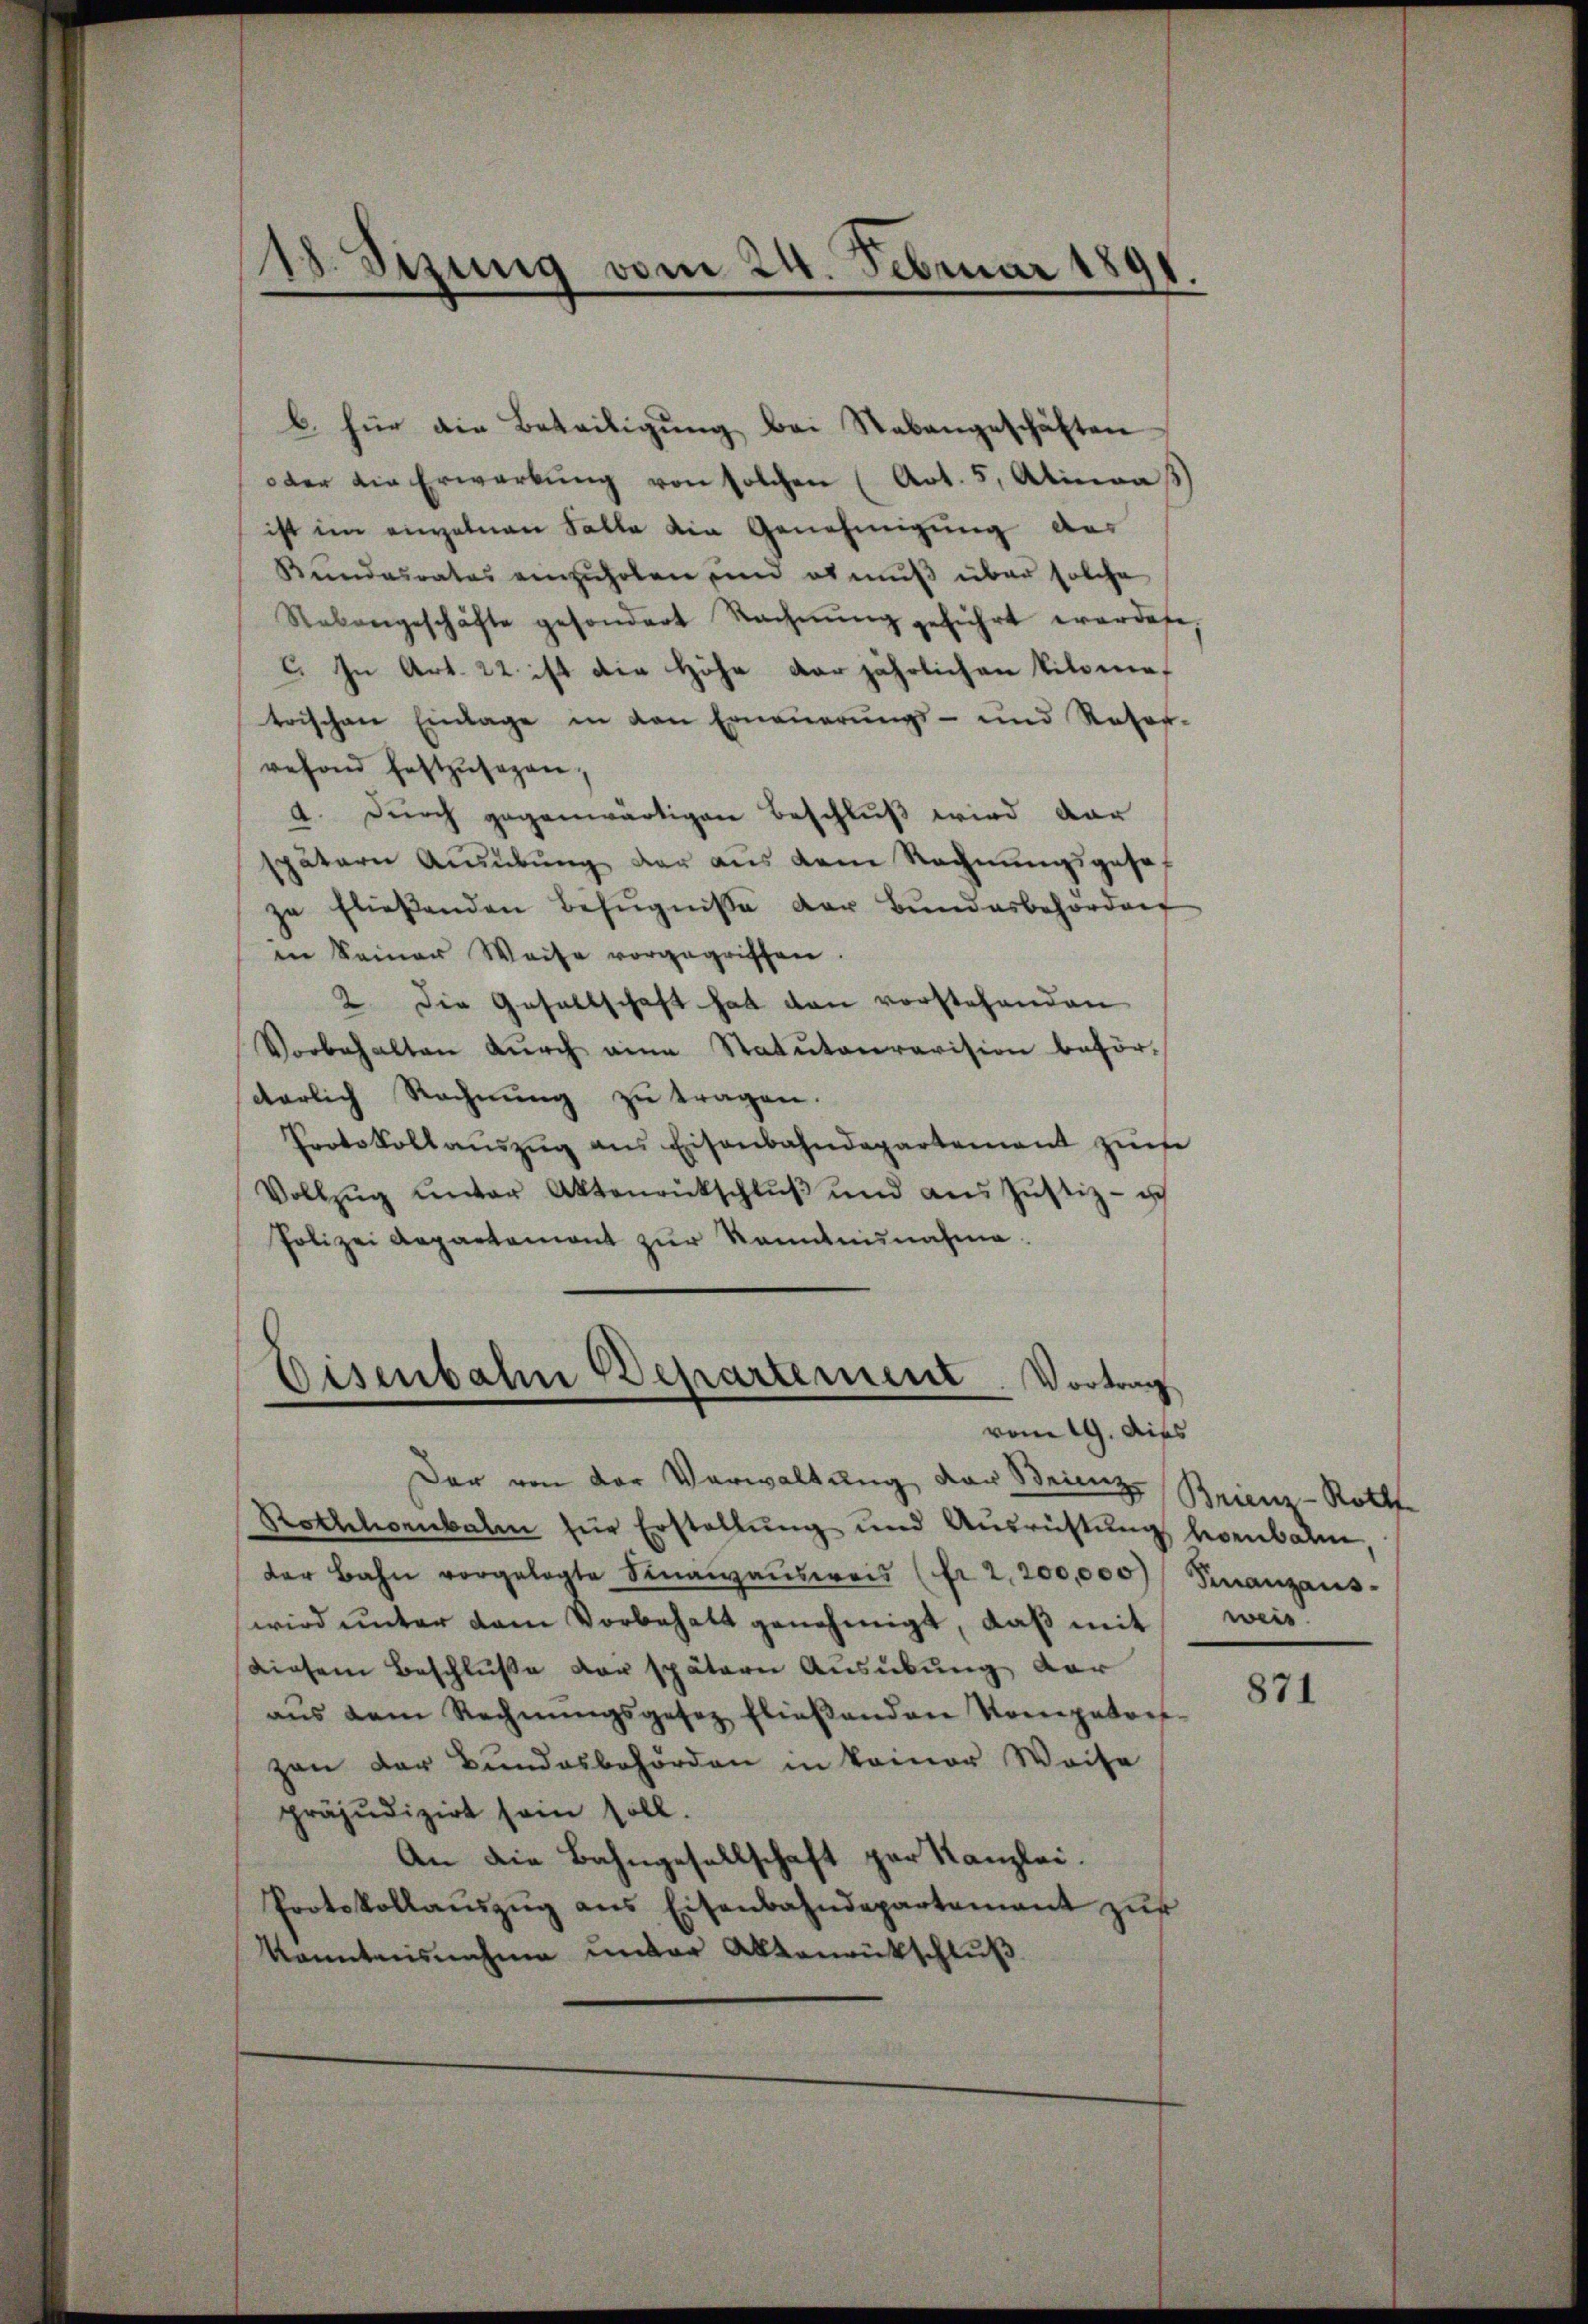
18. Sizung vom 24. Februar 1891

b. für die Beteiligŭng bei Stabangeschäften
oder die Erwarbŭng von solchen (Art. 5, Alinas
ist im einzelnen Falle die Genehmigung des
Bundesrates einzuholen und es muß über solche
Nebengeschäfte gesondert Nachnŭng geführt werdete,
C. In Art. 22. ist die Höhe derjährlichen Vilomet
trischen Einlage in den Erneuerungs- und Rotof-
vefond festzŭsehen.
A. Durch gegenwärtigen Beschluß wird dar
spätern Ausübung der aus dem Rechnungsgesezu fließenden Befugnisse der Bundesbehörden
in keiner Weise vorgegriffen.
2. Die Gesellschaft hat dann vorstehenden
Vorbehalten dŭrch eine Statutarravision beförcterlich Rechnung zu tragen.
Protokollaŭszŭg ans Eisenbahndepartement zŭse
Vollzŭg ŭnter Aktenrückschlŭβ ŭnd aŭs Jŭstiz- u
Polizei Repartement zŭr Kenntnisnahme.

Der von der Verwaltung der Steinz
Rothhornbalm für Erstellŭng und Ausrüstung vorbale,
der Bahn vorgelegte Sinanzausweis (fr 2,200,000) Finanzauswird ŭnter dem Vorbehalt genehmigt, daβ mit
Diesem Beschluße vor spätern Ausübung der
aŭs dem Rechnŭngsgesez flieβenden Kompetent-
zen der Bundesbehörden in keiner Weise
präjudizirt sein soll.
An die Bahngesellschaft par Kanzlei.
Protokollaŭszŭg ans Eisenbahndepartamant zŭr
kanntnisnahme unter Altenrückschluß

Eisenbahn Departement. Vortrag
vom 19. dies

Brien-Roth
weis

871